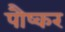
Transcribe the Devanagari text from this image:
पौष्कर